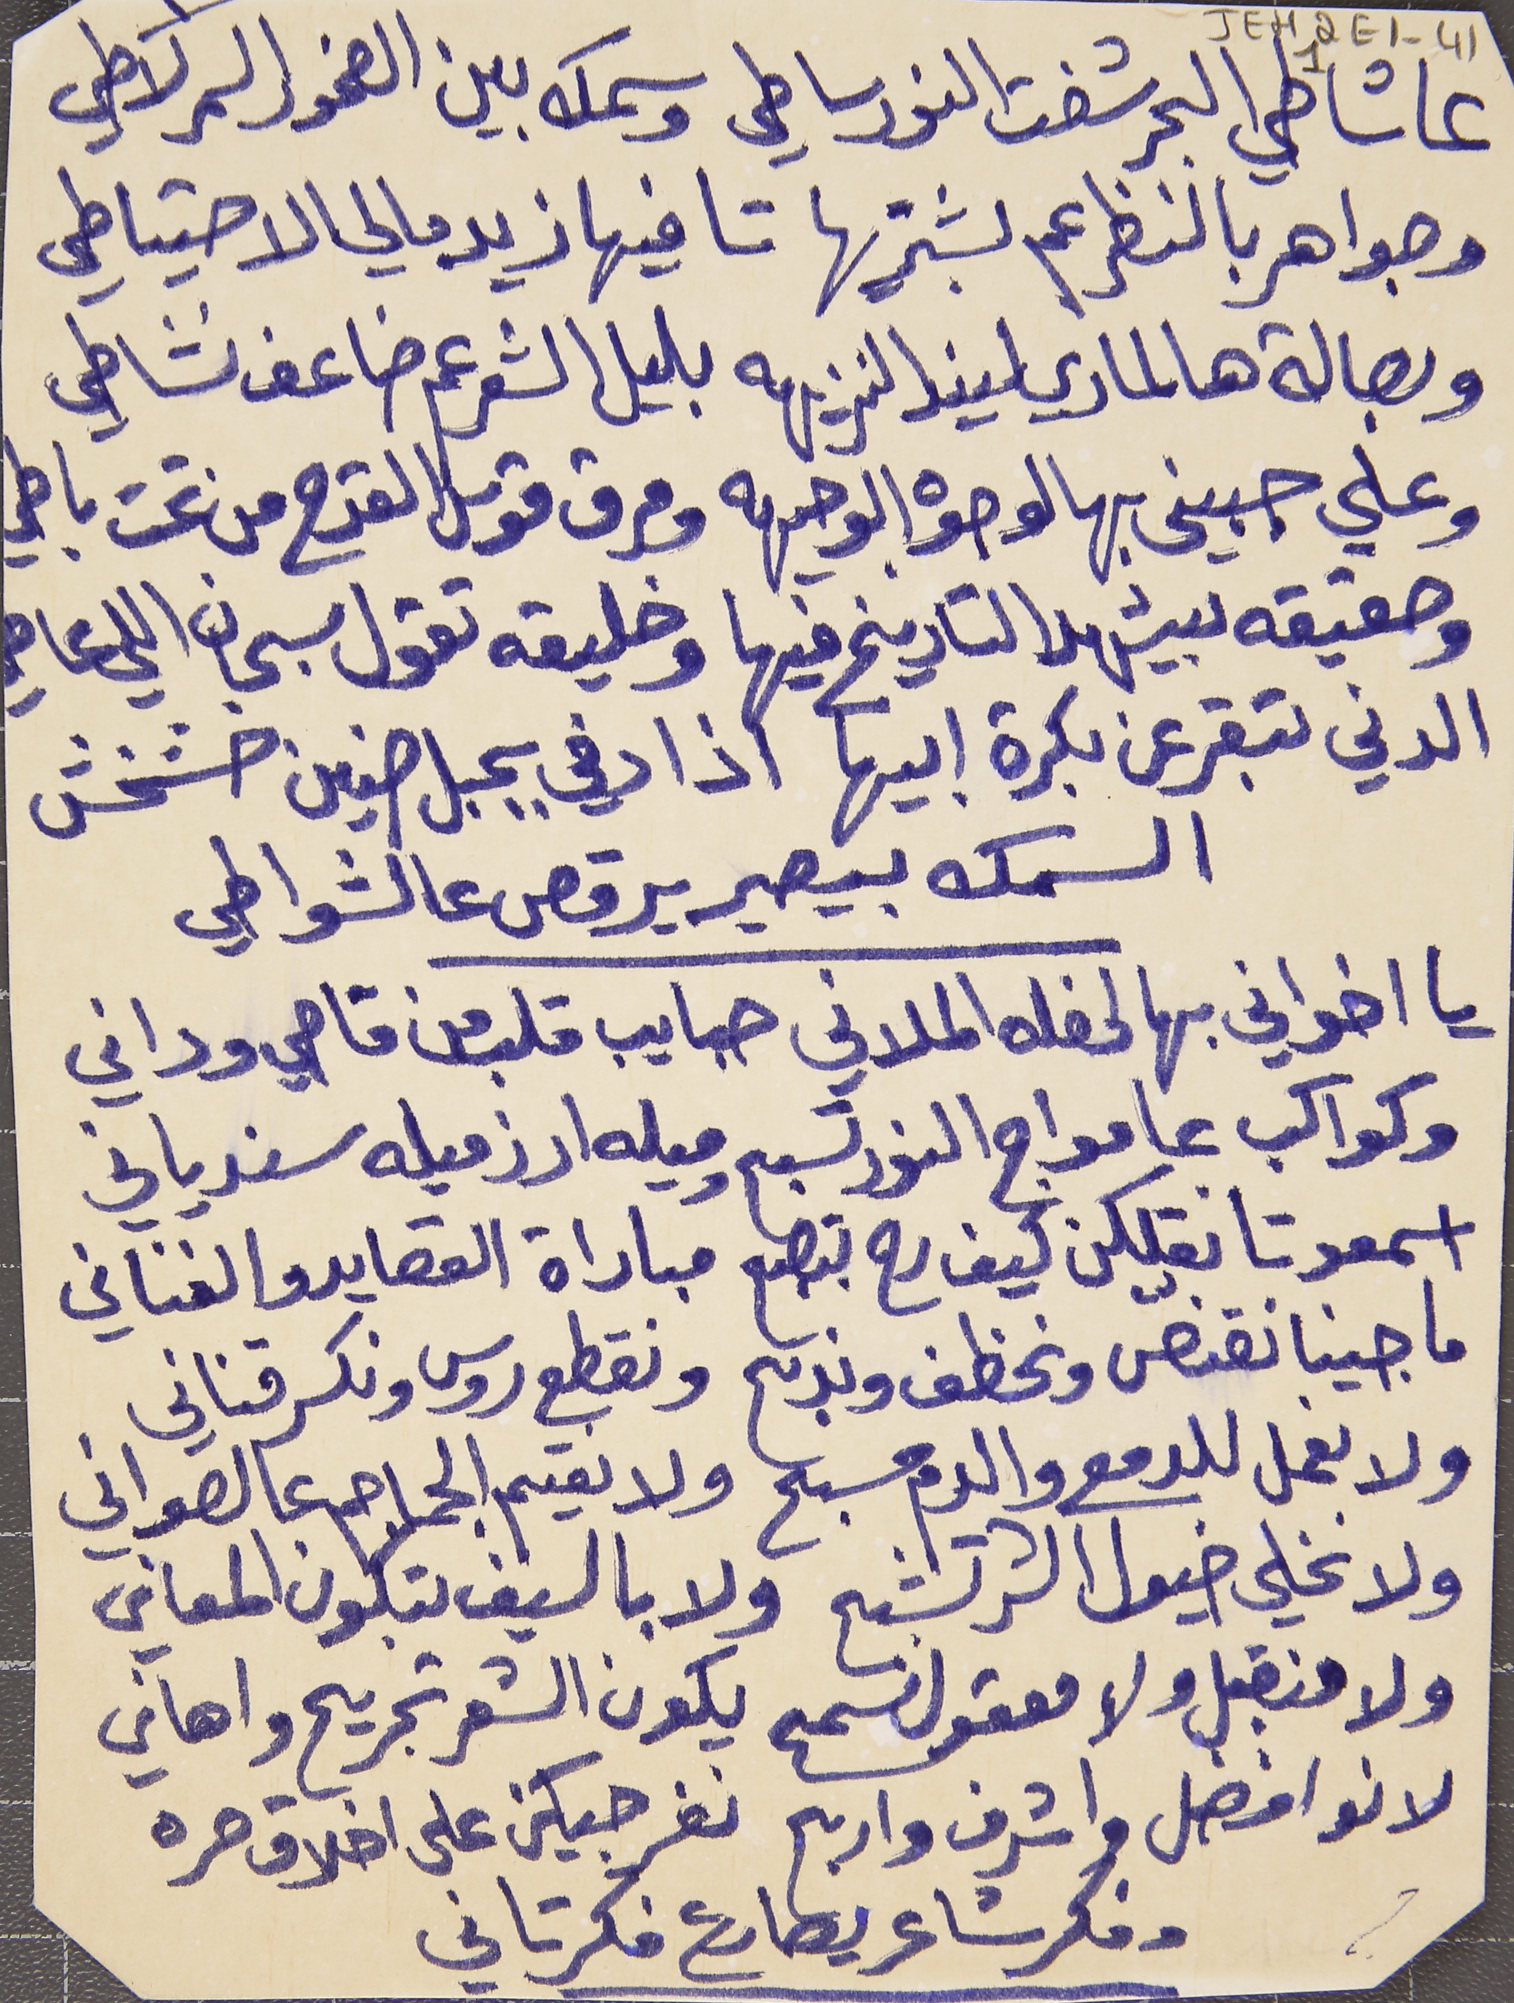
JEH2E1-411
وجواهر بالنظر عم بشتريها      تا فيها زيد مالي الاحتياطي
وبصالة هالماري ليند النزيهه     بليل الشعر عم ضاعف نشاطي
وعلى جبيني بهالوجوه الوجيهه     ومرق قوس القدح من تحت باطي
وحقيقه بيشهد التاريخ فيها     وخليقه تقول سبحان اللي عاطي
الدني بتقر عن بكرة ابيها      اذا دفي بجبل صنين خشخش
السمك بيصير يرقص عالشواطي
يا اخواني بهالحفله الملاني      حبايب قلب من قاصي وداني
وكواكب عا مواج النور تسبح      وميله ارز ميله سندياني
 اسمعو تا نقلكن كيف رح بتصبح     مباراة القصايد والغناني
ما جينا نقنّص ونخطف وندبح     ونقطع روس ونكسر قناني
ولا نعمل للدمع والدم مسبح      ولا نقيم الجماجم عالصواني
ولا تخلي خيول الشر تشبح     ولا بالسيف بتكون المعاني
ولا منقبل ولا معقول نسمح     يكون الشعر تجريح واهاني
لانو افضل واشرف واربح      نفرجيكن على اخلاق حره
وفكر شاعر يصارع فكر تاني
عا شاطي البحر شفت النور ساطي     وسمك بين الصخور السمر لاطي